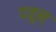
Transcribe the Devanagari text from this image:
दवून्